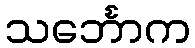
သင်္ဘောက